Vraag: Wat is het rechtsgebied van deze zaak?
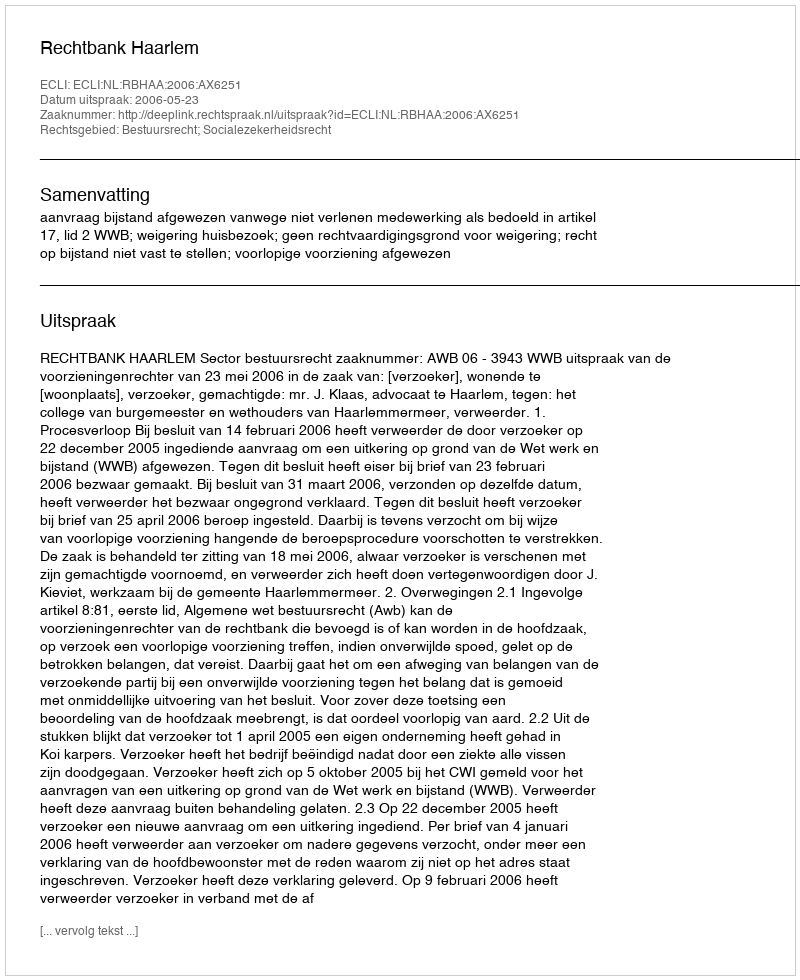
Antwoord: Bestuursrecht; Socialezekerheidsrecht